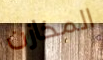
المخازن